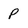
Character: P